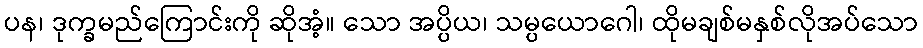
ပန၊ ဒုက္ခမည်ကြောင်းကို ဆိုအံ့။ သော အပ္ပိယ၊ သမ္ပယောဂေါ၊ ထိုမချစ်မနှစ်လိုအပ်သော